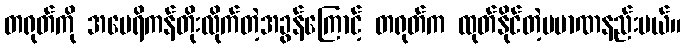
တရုတ်ကို အမေရိကန်တိုးလိုက်တဲ့အခွန်ကြောင့် တရုတ်က ထုတ်နိုင်တဲ့ပမာဏနည်းမယ်။